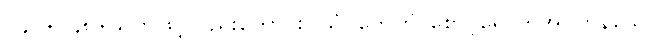
၂၄၇+၂၄၈+သတိဖြင့်လည်းကောင်း။ သံဝုတေဟိ၊ စောင့်ရှောက်အပ်ကုန်သော။